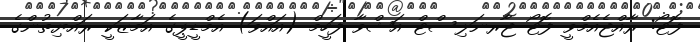
ފޮޓޯ: ރާއްޖެއެމްވީ ފޮޓޯ ޖާރނަލިސްޓް އަޝްވާ ފަހީމް (އައްވަ) އެމްޑީޕީގެ އަމާޒަކީ ރައްޔިތުންގެ